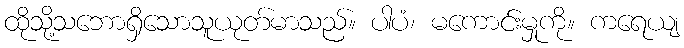
ထိုသို့သဘောရှိသောသူယုတ်မာသည်။ ပါပံ၊ မကောင်းမှုကို။ ကရေယျ